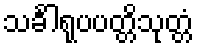
သင်္ခါရုပပတ္တိသုတ္တံ